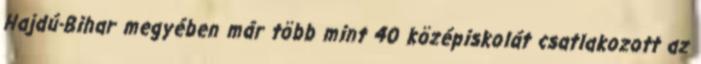
Hajdú-Bihar megyében már több mint 40 középiskolát csatlakozott az